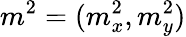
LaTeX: m^{2}=(m_{x}^{2},m_{y}^{2})